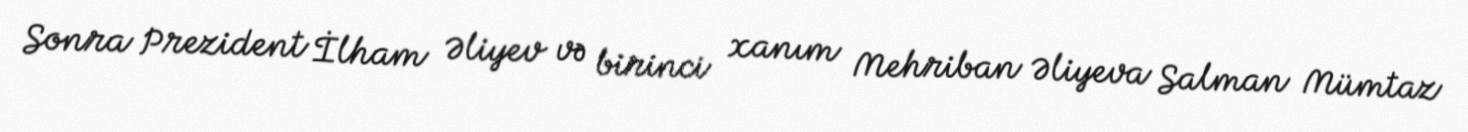
Sonra Prezident İlham Əliyev və birinci xanım Mehriban Əliyeva Salman Mümtaz